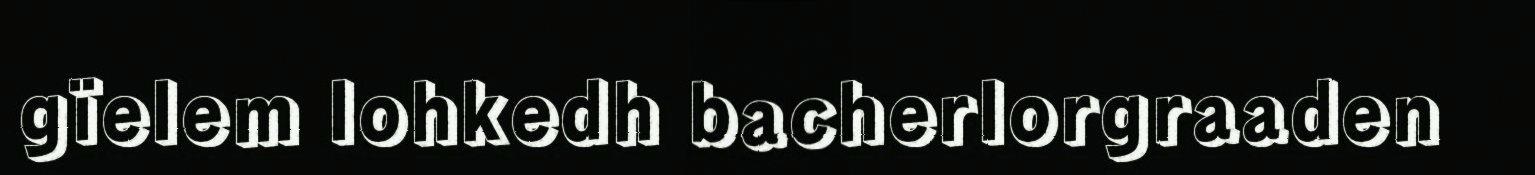
gïelem lohkedh bacherlorgraaden